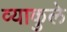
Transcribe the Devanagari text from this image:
व्याकुले